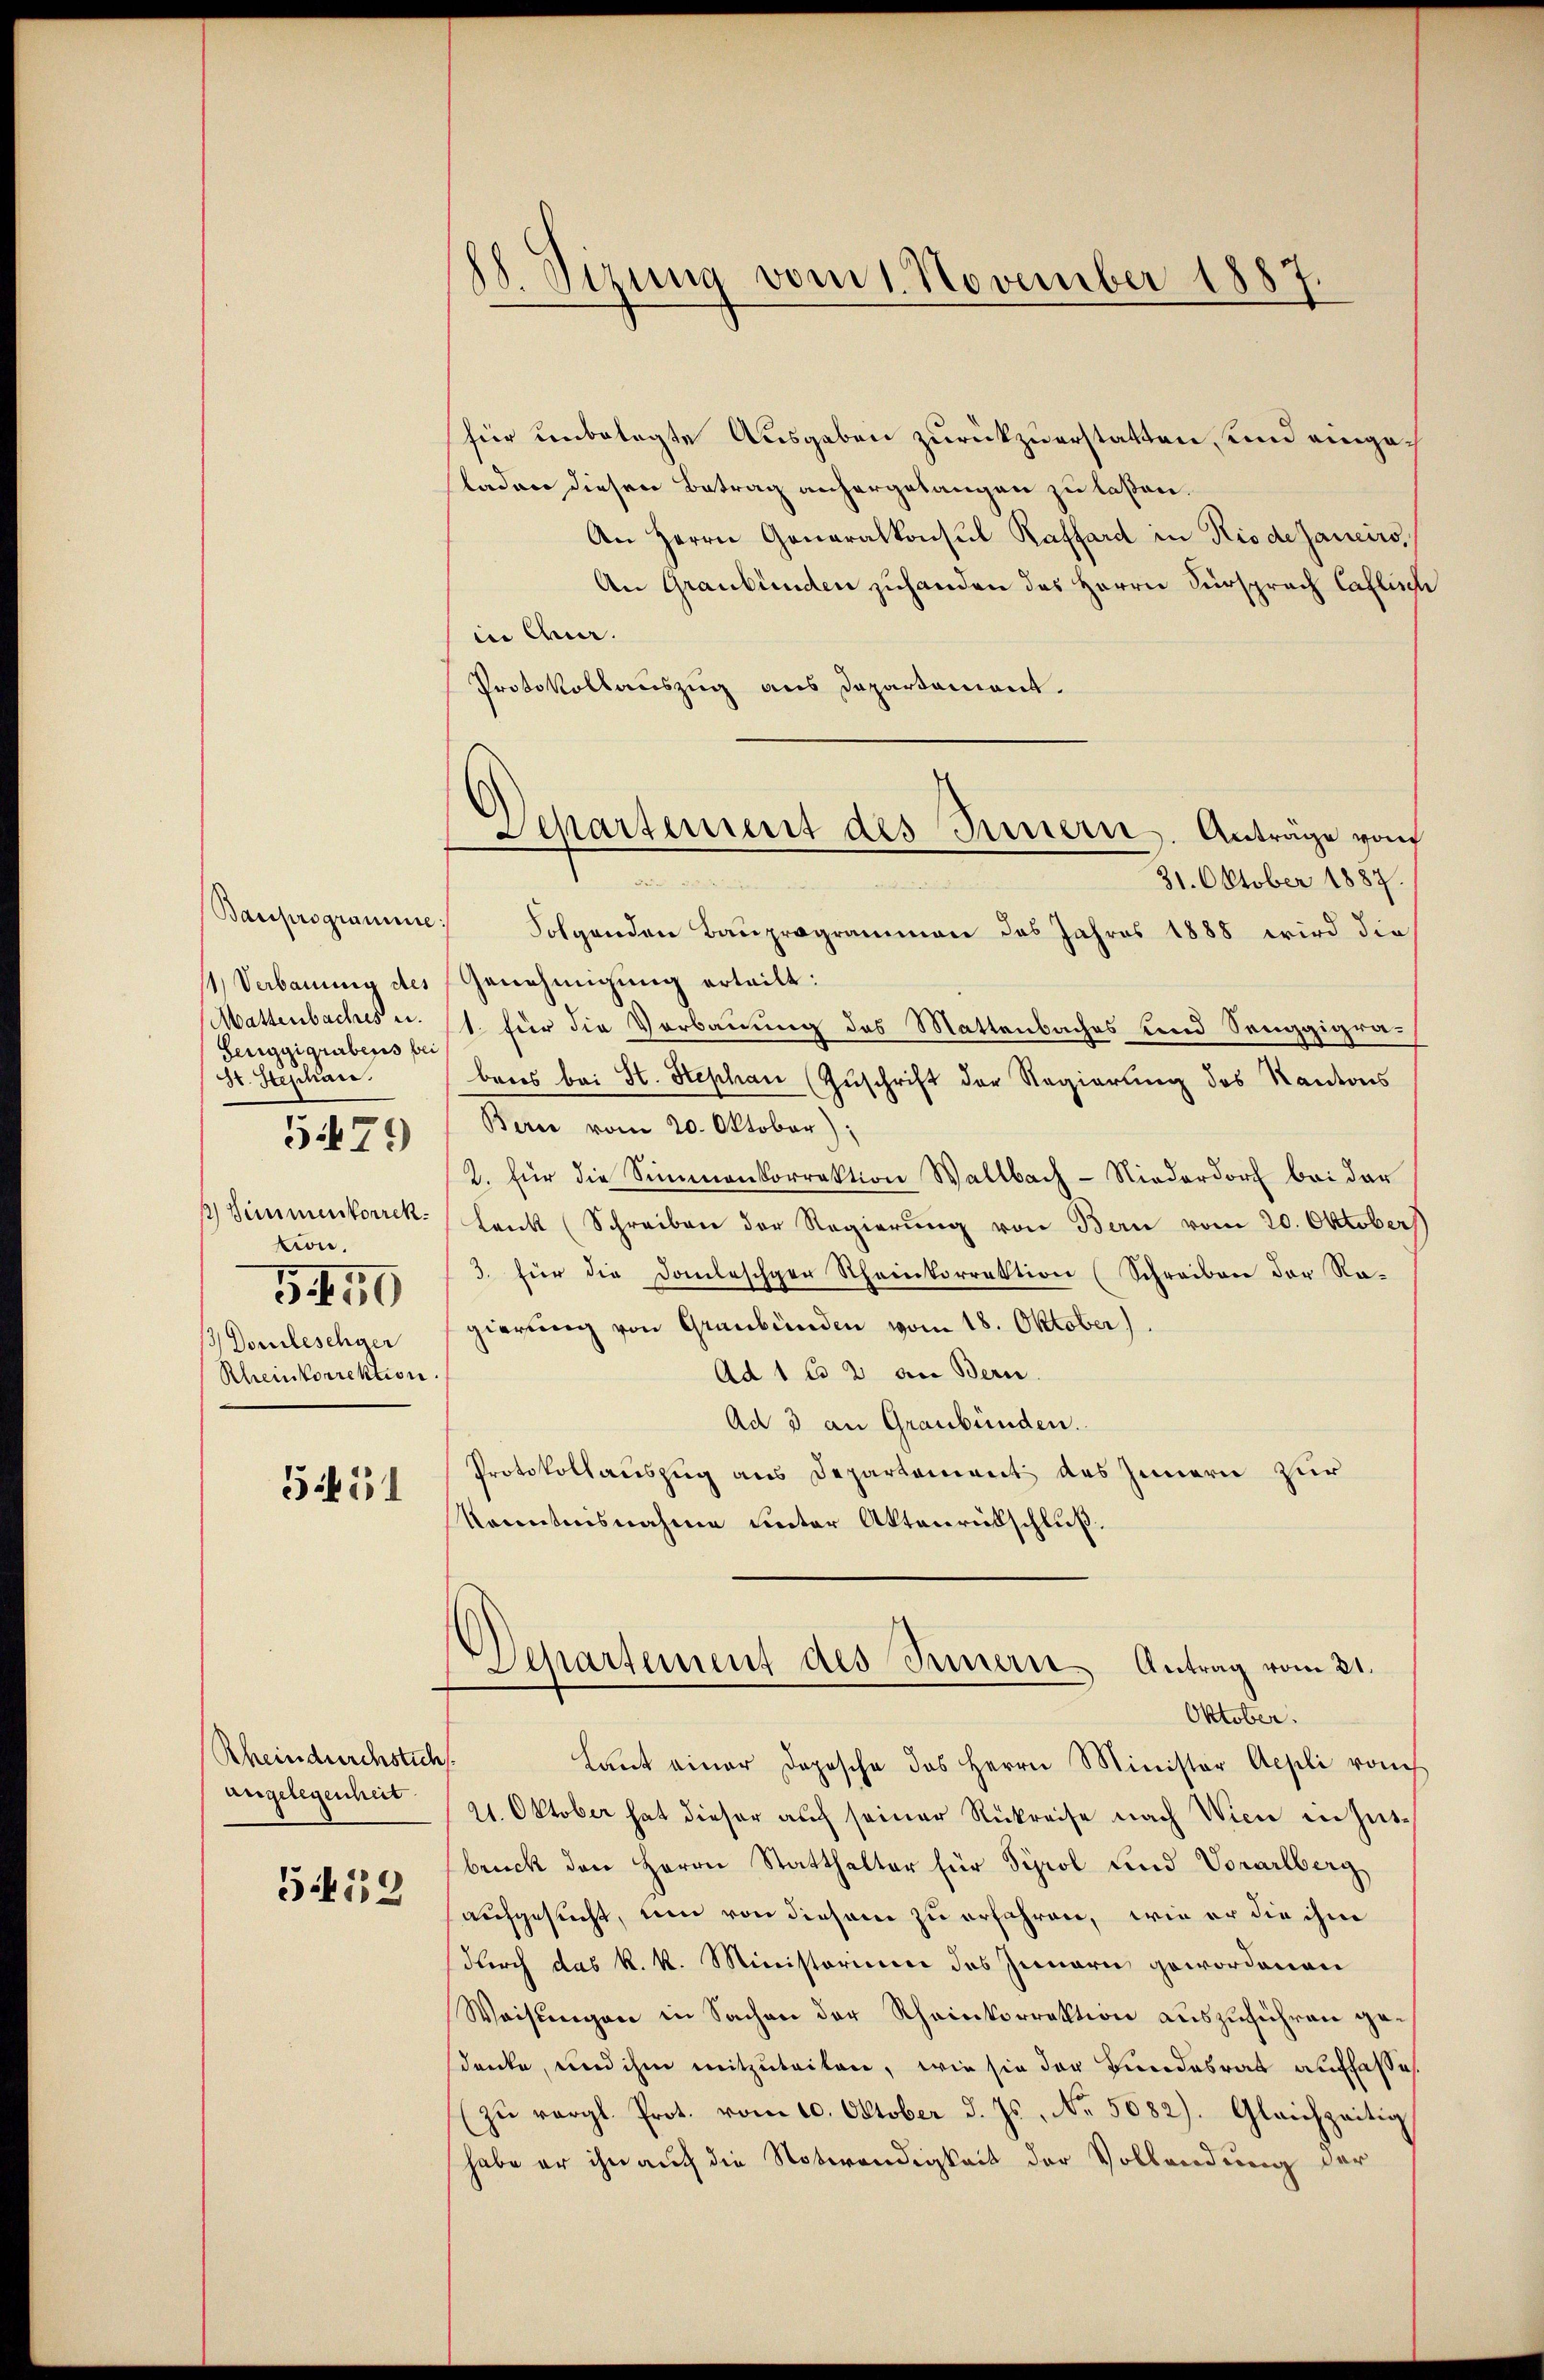
Bauprogramme
1) Verbauung des
Mattenbaches u.
Berggigrabens bei
St. Stephan.
1) Simmenkorrek
tion.
5450
 Domileschger
Rheinkorrektion

579)

5451

Rheindurchstich
angelegenheit.

519

18. Sirung vom 1. November 1887.

Departement des Innern. Antrage von

für unbelegte Ausgaben zurückzuerstatten, und eingeladen diesen Betrag anhergelangen zu laßen.
An Herrn Generalkonsul Raffard in Rio dejancirs,
An Graubünden zuhanden das Herrn Fürsprach Caflisch
in Qua¬
Protokollauszug aus Departement.
31. Oktober 1887.
Folgenden Bauprogrammen des Jahres 1888 wird die
Genehmigung erteilt:
1. für die Verbauung des Mattenbaches und Senggigrabens bei St. Stephan Zuschrift der Regierung des Kantons
Bern vom 20. Oktober);
2. für die Simmenkorrektion Wallbach-Niederdorf bei der
lank (Schreiben der Regierung von Bern vom 20. Oktober
3. für die Domleschger Rheinkorrektion (Schreiben der Re-
gierung von Graubünden vom 18. Oktober).
Ad 1 Es 2 an Bern.
Ad 3 an Graubünden.
Protokollauszug aus Departement des Zimmern zur
konntensnahme unter Aktenrückschluß.
Separtement des Innern Antrag vom 21.
Oktober.
¬
Lant einer Dopische das Herrn Minister Aepli vom
21. Oktober hat dieser auch seiner Rükreise nach Wien in Zusbruck den Herrn Statthalter für Tyrol und Vorarlberg
aufgesucht, um von diesem zu erfahren, wie er die ihm
durch das k. k. Ministorium des Innern gewordenen
Weisungen in Sachen der Rheinkorrektion auszuführen gedencke, und ihm mitzuteilen, wie sie der Bundesrat auffasse
(zu vergl. Prot. vom 10. Oktober d. Js. No. 5082). Gleichzeitig
habe er ihn auch die Notwendigkeit der Vollwerdung der

n